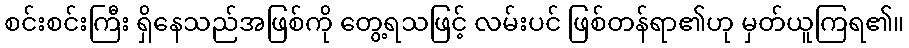
စင်းစင်းကြီး ရှိနေသည်အဖြစ်ကို တွေ့ရသဖြင့် လမ်းပင် ဖြစ်တန်ရာ၏ဟု မှတ်ယူကြရ၏။